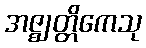
အဇ္ဈတ္တိကေသု